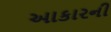
આકારની